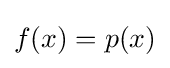
f(x)=p(x)